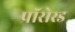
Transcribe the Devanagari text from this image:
प्रॉसेस्ड